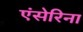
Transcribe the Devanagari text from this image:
एंसेरिना